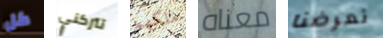
كل تتركني ملكهم معناه تعرضنا